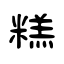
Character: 糕